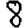
Digit: 8